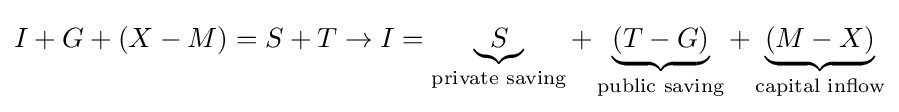
I+G+(X-M)=S+T\to I=\underbrace {S} _{\text{private saving}}+\underbrace {(T-G)} _{\text{public saving}}+\underbrace {(M-X)} _{\text{capital inflow}}